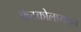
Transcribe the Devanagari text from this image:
केटकोलामाइन